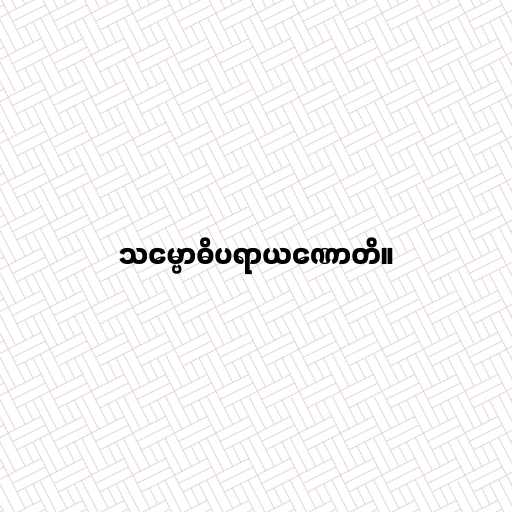
သမ္ဗောဓိပရာယဏောတိ။